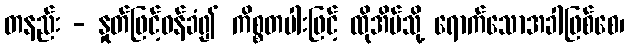
တနည်း - နှုတ်ဖြင့်ဝန်ခံ၍ ကိစ္စတပါးဖြင့် ထိုအိမ်သို့ ရောက်သောအခါဖြစ်စေ၊